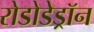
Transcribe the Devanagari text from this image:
रोडोडेड्रॉन